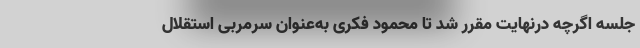
جلسه اگرچه درنهایت مقرر شد تا محمود فکری به‌عنوان سرمربی استقلال